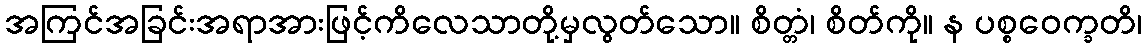
အကြင်အခြင်းအရာအားဖြင့်ကိလေသာတို့မှလွတ်သော။ စိတ္တံ၊ စိတ်ကို။ န ပစ္စဝေက္ခတိ၊